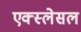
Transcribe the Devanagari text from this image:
एक्स्लेसल